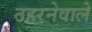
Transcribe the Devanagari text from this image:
ठहरनेवाले